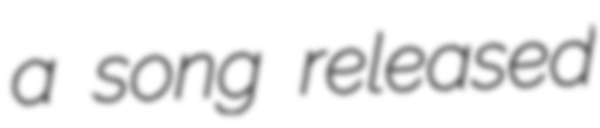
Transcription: a song released